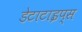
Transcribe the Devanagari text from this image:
डेटाटाइप्स